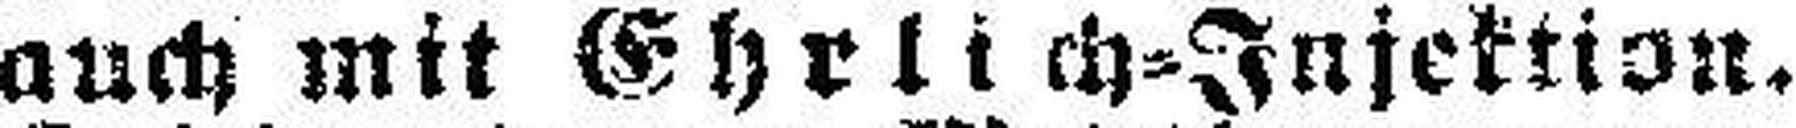
auch mit Ehrlich-Injektion.